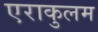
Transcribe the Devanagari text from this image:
एराकुलम